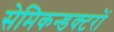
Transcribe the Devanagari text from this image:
सेमिकन्डक्टरों